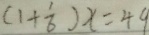
( 1 + \frac { 1 } { 6 } ) x = 4 9